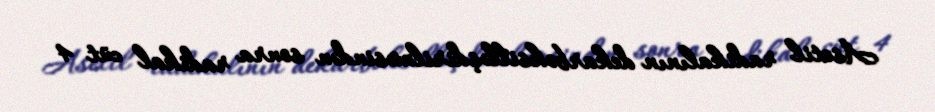
Asetil radikalının dekarboksilləşdirilməsindən sonra radikal cüt 4